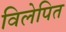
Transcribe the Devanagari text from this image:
विलेपित